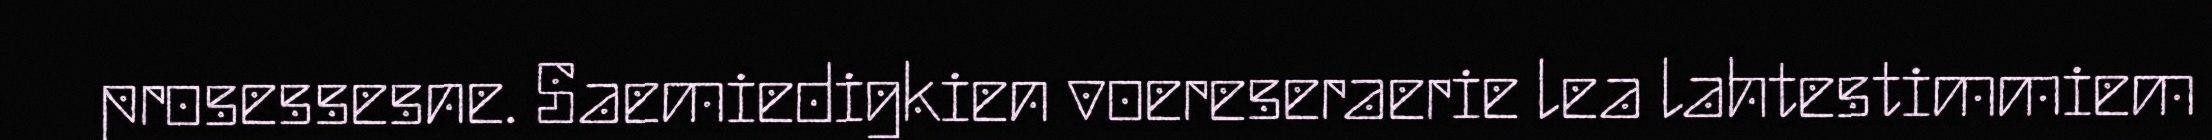
prosessesne. Saemiedigkien voereseraerie lea lahtestimmiem